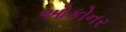
ઓકોનર